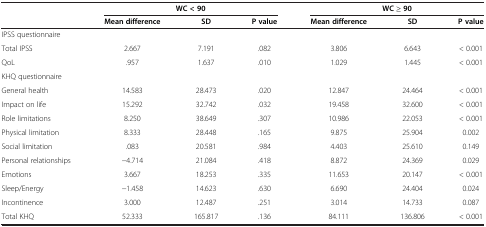
|  | <COLSPAN=3> WC < 90 | <COLSPAN=3> WC ≥ 90 |
 |  | Mean difference | SD | P value | Mean difference | SD | P value |
 | --- | --- | --- | --- | --- | --- | --- |
 | <COLSPAN=7> IPSS questionnaire |
 | Total IPSS | 2.667 | 7.191 | .082 | 3.806 | 6.643 | < 0.001 |
 | QoL | .957 | 1.637 | .010 | 1.029 | 1.445 | < 0.001 |
 | <COLSPAN=7> KHQ questionnaire |
 | General health | 14.583 | 28.473 | .020 | 12.847 | 24.464 | < 0.001 |
 | Impact on life | 15.292 | 32.742 | .032 | 19.458 | 32.600 | < 0.001 |
 | Role limitations | 8.250 | 38.649 | .307 | 10.986 | 22.053 | < 0.001 |
 | Physical limitation | 8.333 | 28.448 | .165 | 9.875 | 25.904 | 0.002 |
 | Social limitation | .083 | 20.581 | .984 | 4.403 | 25.610 | 0.149 |
 | Personal relationships | -4.714 | 21.084 | .418 | 8.872 | 24.369 | 0.029 |
 | Emotions | 3.667 | 18.253 | .335 | 11.653 | 20.147 | < 0.001 |
 | Sleep/Energy | -1.458 | 14.623 | .630 | 6.690 | 24.404 | 0.024 |
 | Incontinence | 3.000 | 12.487 | .251 | 3.014 | 14.733 | 0.087 |
 | Total KHQ | 52.333 | 165.817 | .136 | 84.111 | 136.806 | < 0.001 |